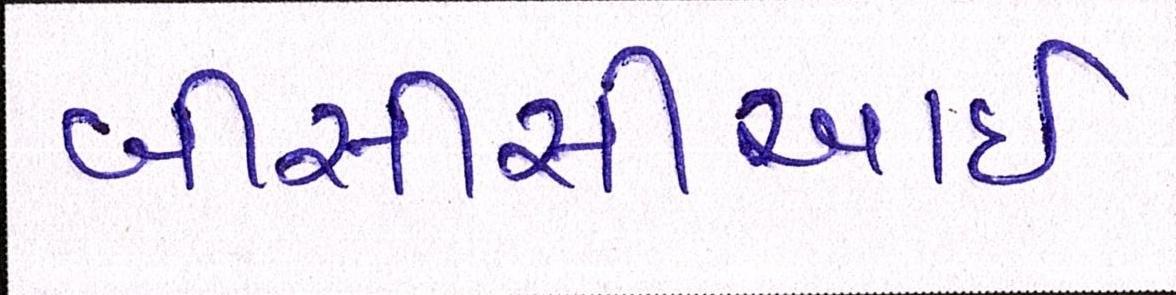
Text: બીસીસીઆઇ